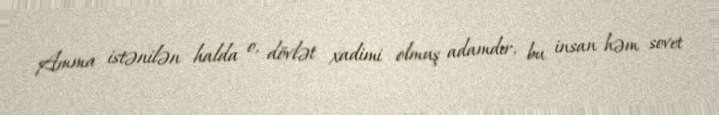
Amma istənilən halda o, dövlət xadimi olmuş adamdır, bu insan həm sovet